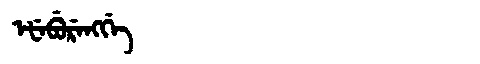
Manchu: ᡝᡶᡝᠪᡠᡵᡝᠩᡤᡝ
Romanization: EFEBURENGGE